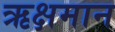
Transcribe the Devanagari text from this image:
ऋक्षमान